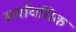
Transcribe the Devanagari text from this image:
सर्वावधिक